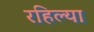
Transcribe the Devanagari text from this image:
रहिल्या